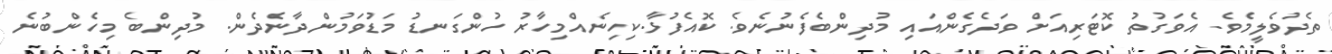
ތެދުވެލީމެވެ. އެވަގުތު ކޮޓަރިއަށް ވަދެގެންއައި މުދިންބެފެނުނެވެ. ކޮއެފުޅާ.ކިހިނެއްމިހާރު ހުންގަނޑު މަޑުވަމުންދާނެދެން. މުދިންބެ މިހެންބުނެ